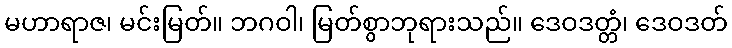
မဟာရာဇ၊ မင်းမြတ်။ ဘဂဝါ၊ မြတ်စွာဘုရားသည်။ ဒေဝဒတ္တံ၊ ဒေဝဒတ်